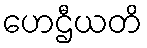
ဟေဌီယတိ